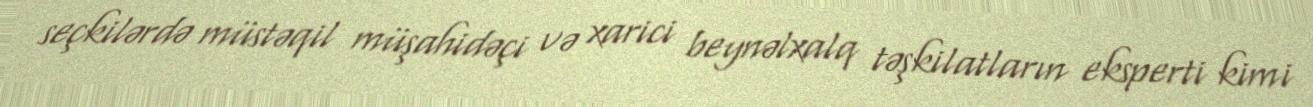
seçkilərdə müstəqil müşahidəçi və xarici beynəlxalq təşkilatların eksperti kimi